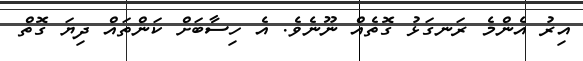
އިރު އެންމެ ރަނގަޅު ގޮތެއް ނޫނެވެ. އެ ހިސާބަށް ކަންތައް ދިޔަ ގޮތް